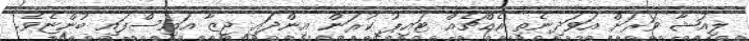
ލިއުޝާ ވަރަށް އަވަދިނެތި އެއްޗެއް ޓައިޕު ކުރަން އިންދައި ޖީޒާ އައިސްފައި ބުންޏެވެ.